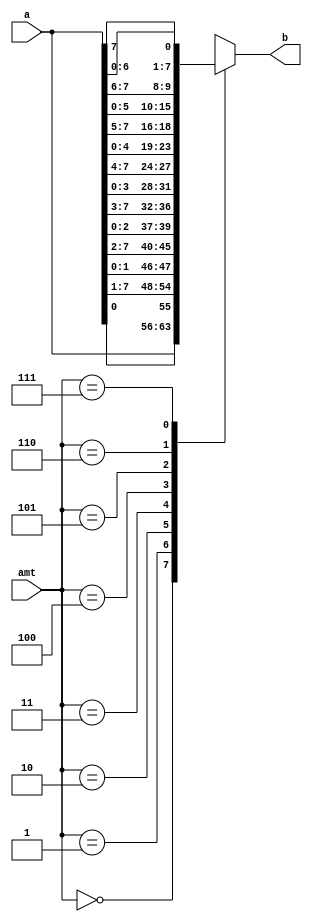
module barrel_shifter(
    input wire[7:0] a,
    input wire [2:0]amt,
    output reg[7:0]b
);
always@ *
begin
    case(amt)
        3'h0: b =a;
        3'h1: b ={a[0],a[7:1]};
        3'h2: b ={a[1:0],a[7:2]};
        3'h3: b ={a[2:0],a[7:3]};
        3'h4: b ={a[3:0],a[7:4]};
        3'h5: b ={a[4:0],a[7:5]};
        3'h6: b ={a[5:0],a[7:6]};
        3'h7: b ={a[6:0],a[7]};
        

        
    endcase
end

endmodule